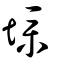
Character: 墣